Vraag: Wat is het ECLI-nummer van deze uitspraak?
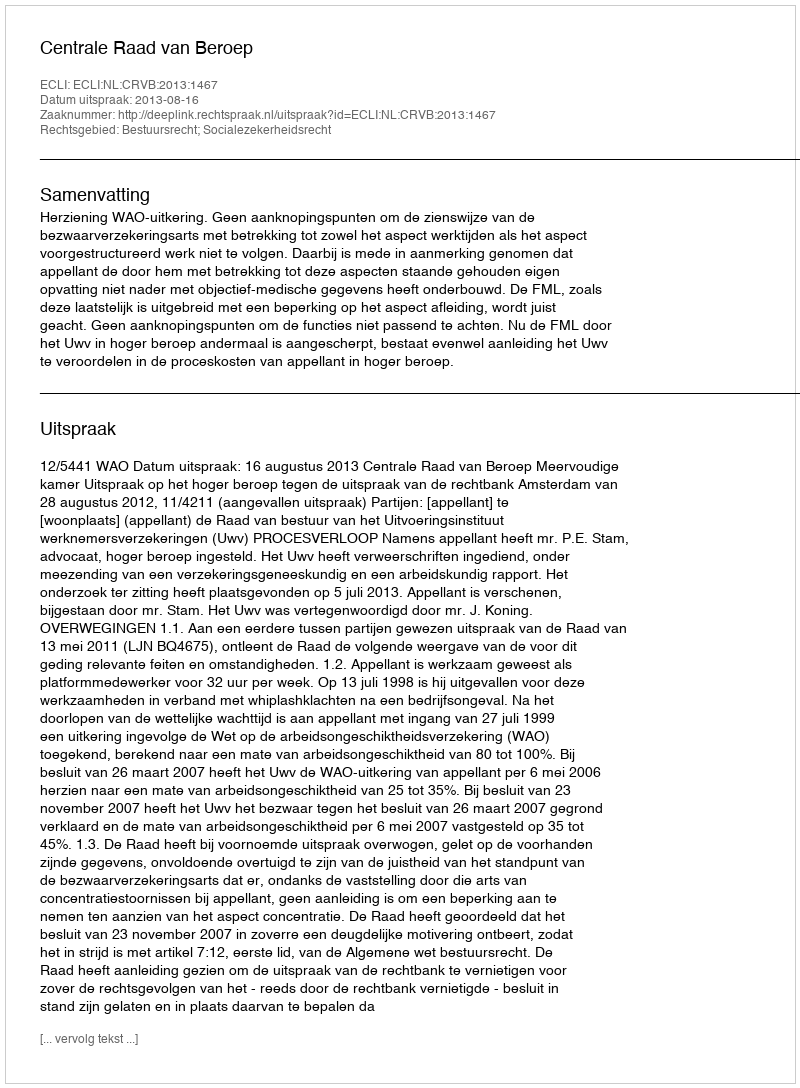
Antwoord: ECLI:NL:CRVB:2013:1467